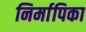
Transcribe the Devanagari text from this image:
निर्मापिका